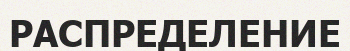
РАСПРЕДЕЛЕНИЕ